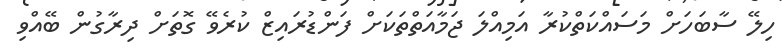
ހިލޭ ސާބަހަށް މަސައްކަތްކުރާ އަމިއްލަ ޖަމާއަތްތަކަށް ފަންޑުރައިޒް ކުރެވޭ ގޮތަށް ދިރާގުން ބޭއްވި